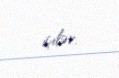
içilər.